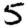
Digit: 5